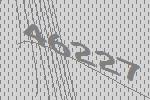
46227